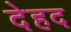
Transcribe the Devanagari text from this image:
देहद